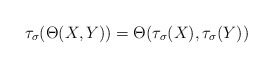
\begin{align*} \tau_{\sigma} (\Theta(X,Y))=\Theta ( \tau_{\sigma} (X), \tau_{\sigma} (Y))\end{align*}